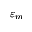
\varepsilon _ { m }